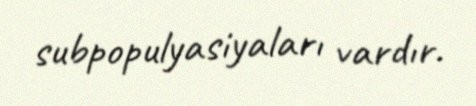
subpopulyasiyaları vardır.